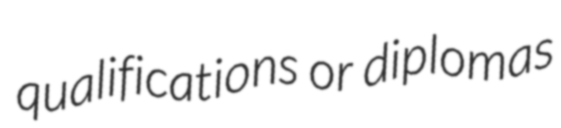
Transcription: qualifications or diplomas